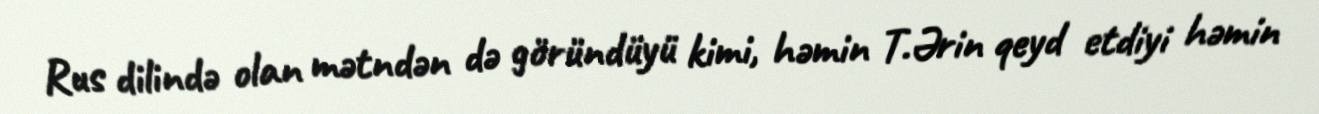
Rus dilində olan mətndən də göründüyü kimi, həmin T.Ərin qeyd etdiyi həmin